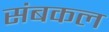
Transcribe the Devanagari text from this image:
संबकल